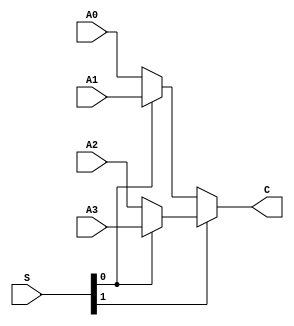
`timescale 1ns / 1ps
//////////////////////////////////////////////////////////////////////////////////
// Company: 
// Engineer: 
// 
// Design Name: 
// Module Name:    MUX4T1_32 
// Project Name: 
// Target Devices: 
// Tool versions: 
// Description: 
//
// Dependencies: 
//
// Revision: 
// Revision 0.01 - File Created
// Additional Comments: 
//
//////////////////////////////////////////////////////////////////////////////////
module MUX4T1_32(
	input [31:0]A0,
	input [31:0]A1,
	input [31:0]A2,
	input [31:0]A3,
	input [1:0]S,
	output [31:0]C
    );
wire [31:0]r0;
wire [31:0]r1;

assign r0=(S[0]==0)?A0:A1;
assign r1=(S[0]==0)?A2:A3;

assign C=(S[1]==0)?r0:r1;

endmodule